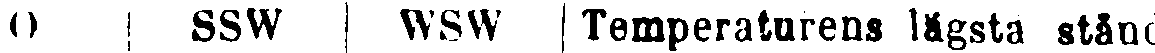
O SSW WSW Temperaturens lågsta stånd